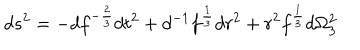
d s ^ { 2 } = - d f ^ { - { \frac { 2 } { 3 } } } d t ^ { 2 } + d ^ { - 1 } f ^ { \frac { 1 } { 3 } } d r ^ { 2 } + r ^ { 2 } f ^ { \frac { 1 } { 3 } } d \Omega _ { 3 } ^ { 2 }